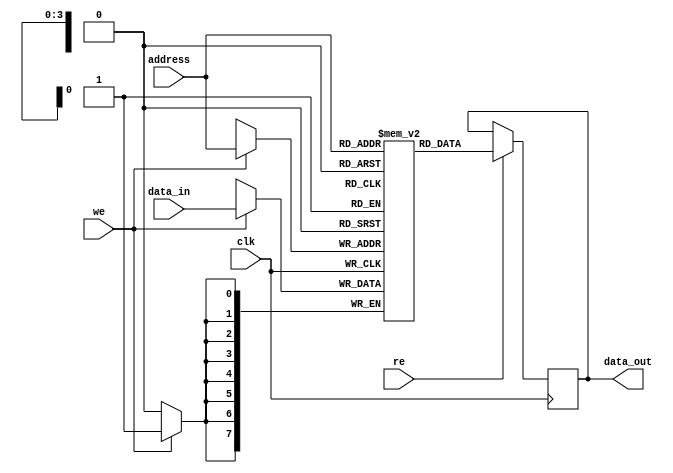
module sram(
    input wire clk,
    input wire [7:0] data_in,
    input wire [3:0] address,
    input wire we,
    input wire re,
    output reg [7:0] data_out
);

reg [7:0] memory [0:15];

always @(posedge clk) begin
    if(we) begin
        memory[address] <= data_in;
    end
    if(re) begin
        data_out <= memory[address];
    end
end

endmodule